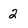
Character: 2